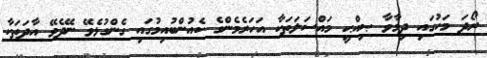
ރޯދަ މަހުގައި ދިމާވާ ޞިއްޙީ މައްސަލަތަކާ އަހަރެމެންގެ ކެއުންބުއިމުގައި ގެންގުޅެވޭ ނޭދެވޭ އާދަތަކާ